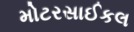
મોટરસાઈકલ